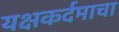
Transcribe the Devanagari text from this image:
यक्षकर्दमाचा